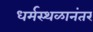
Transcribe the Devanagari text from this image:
धर्मस्थळानंतर